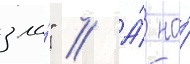
зла́" // А́ на́